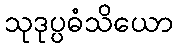
သုဒုပ္ပဓံသိယော